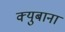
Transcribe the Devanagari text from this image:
क्युबाना